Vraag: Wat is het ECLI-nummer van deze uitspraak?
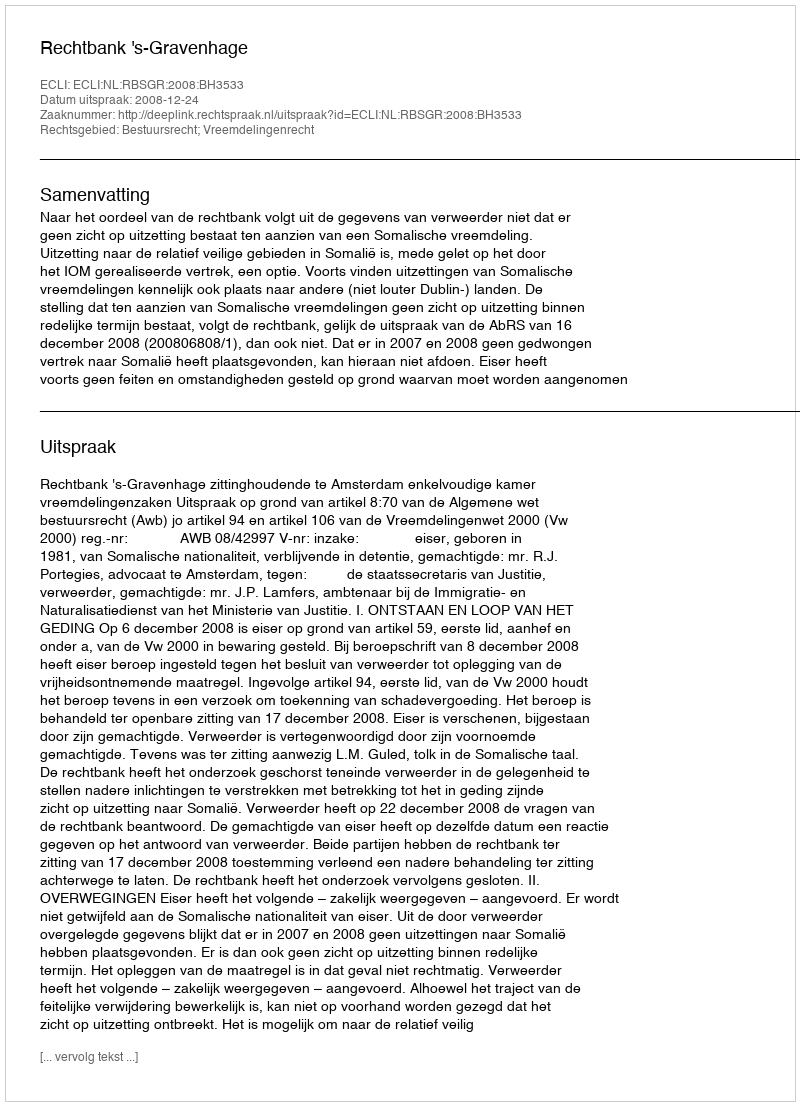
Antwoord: ECLI:NL:RBSGR:2008:BH3533